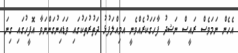
އެހެން ނަމަވެސް ރައީސް ނަޝީދު ފާހަގަކުރެއްވެނީ އަމިއްލަފުޅު ދަތުރުތަކުގައި ވަޑައިނުގަންނަވާ އޮފީހުގައި ގިނަ